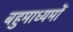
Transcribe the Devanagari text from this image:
बहुमाध्यमों